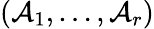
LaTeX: ({\mathcal{A}}_{1},\dots,{\mathcal{A}}_{r})